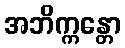
အဘိက္ကန္တော